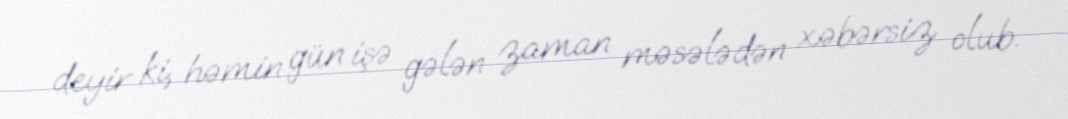
deyir ki, həmin gün işə gələn zaman məsələdən xəbərsiz olub.